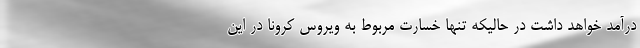
درآمد خواهد داشت در حالیکه تنها خسارت مربوط به ویروس کرونا در این